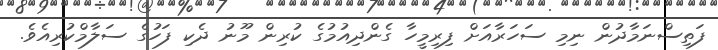
ފަތިސްނަމާދުން ނިމި ސަހަރާއަށް ފިރިމީހާ ގެންދިއުމުގެ ކުރިން މޫނު ދެކި ފަހުގެ ސަލާމްކުރިއެވެ.